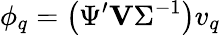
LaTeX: \phi_{q}=\left(\Psi^{\prime}\mathbf{V}\Sigma^{-1}\right)v_{q}